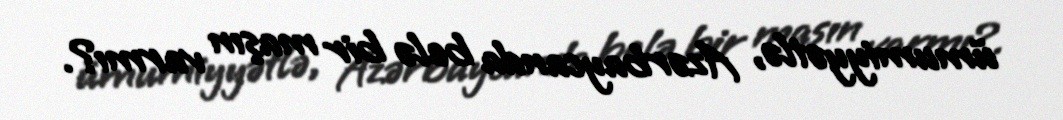
ümumiyyətlə, Azərbaycanda belə bir maşın varmı?.